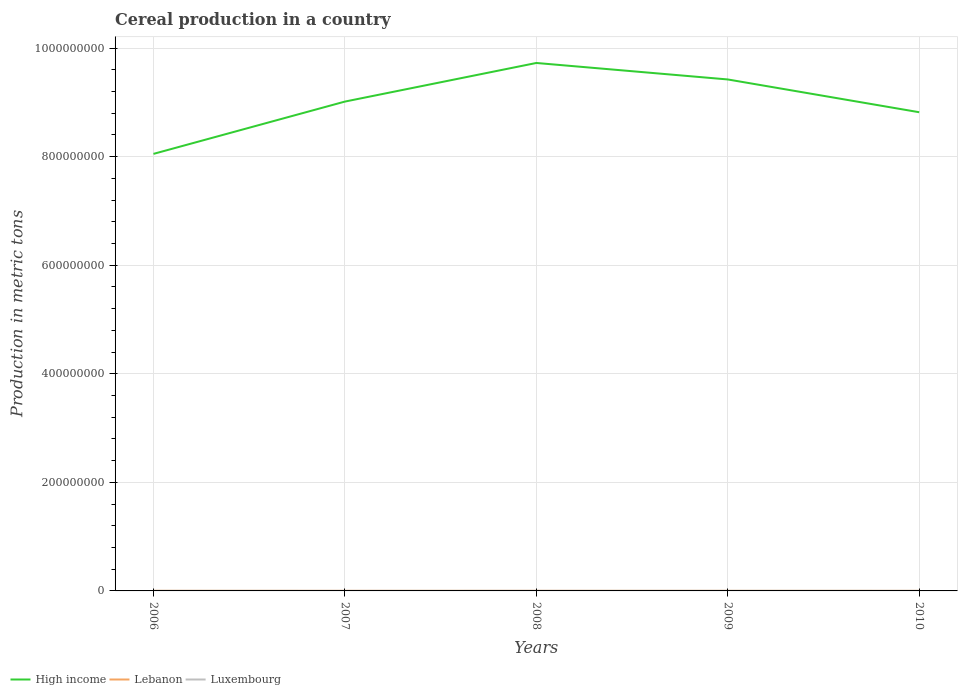
| Years | High income | Lebanon | Luxembourg |
 | --- | --- | --- | --- |
 | 2006 | 8.05e+08 | 1.89e+05 | 1.61e+05 |
 | 2007 | 9.01e+08 | 1.53e+05 | 1.48e+05 |
 | 2008 | 9.73e+08 | 1.77e+05 | 1.91e+05 |
 | 2009 | 9.42e+08 | 1.47e+05 | 1.89e+05 |
 | 2010 | 8.82e+08 | 1.12e+05 | 1.66e+05 |